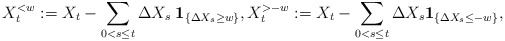
\begin{align*} X_t^{< w}:=X_t-\sum_{0<s\le t} \Delta X_s\;{\bf 1}_{\{\Delta X_s\ge w \}}, X_t^{>-w}:=X_t-\sum_{0<s\le t} \Delta X_s {\bf 1}_{\{\Delta X_s\le -w\}},\end{align*}